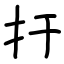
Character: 扜